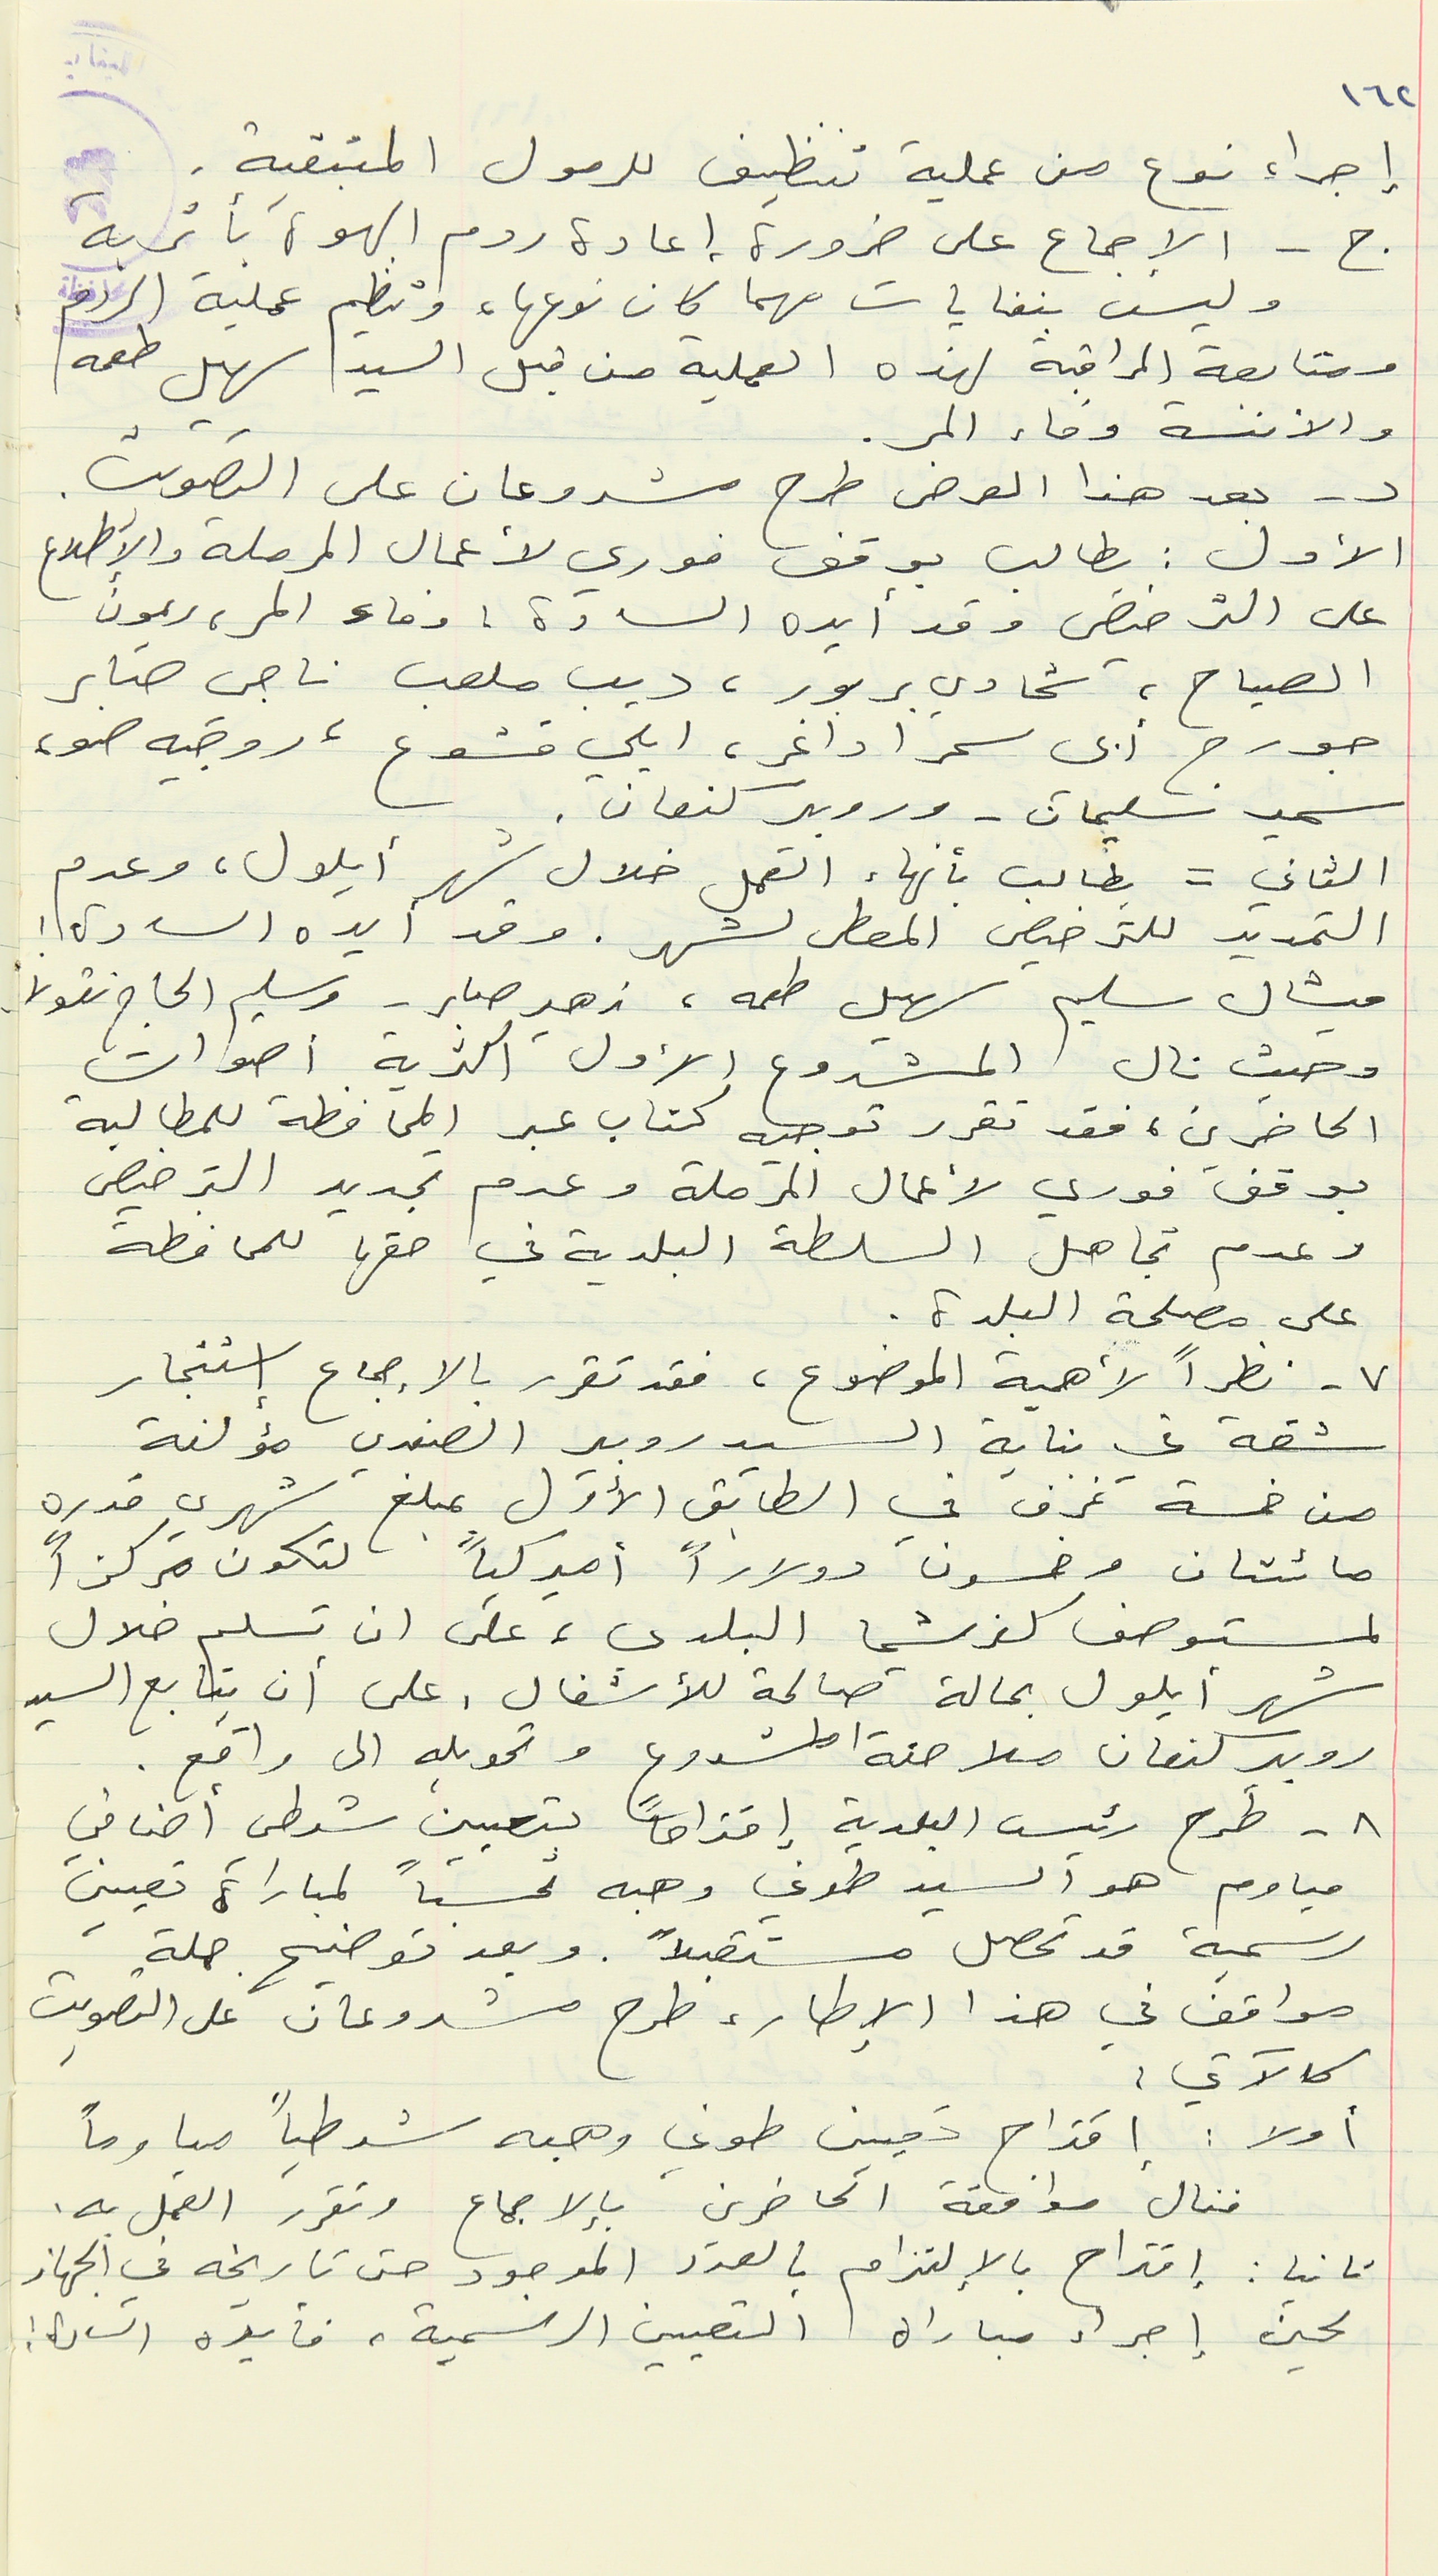
إجراء نوع من عملية تنظيف للرمول المتبقية.
ج - الإجماع على ضرورة إعادة ردم الهوة بأتربة
وليس بنفايات مهما كان نوعها، وتنظيم عملية الردم
ومتابعة المراقبة لهذه العملية من قبل السيد سهيل طعمه
والأنسة وفاء المر.
د - بعد هذا العرض طرح مشروعان على التصويت.
الأول : يطالب بوقف فوري لأعمال المرملة والأطلاع
على الترخيص وقد أيده السادة : وفاء المر, ريمون
الصياح، شحادي بربور، ديب ملعب ناجي صابر
جورج ابي سمرا داغر، ايلي قشوع، روجيه ضو،
سمير سليمان - وروبير كنعان.
الثاني = يطالب بأنهاء العمل خلال شهر أيلول، وعدم
التمديد للترخيص المعطى لشهر. وقد أيده السادة :
ميشال سليم سهيل طعمه، زهير صابر - وسليم الحاج نقولا.
وحيث نال المشروع الأول اكثرية أصوات
الحاضرين، فقد تقرر توجيه كتاب عبر المحافظة للمطالبة
بوقف فوري لأعمال المرحلة وعدم تجديد الترخيص
وعدم تجاهل السلطة البلدية في حقها للمحافظة
على مصلحة البلدة.
٧ - نظراً لأهمية الموضوع، فقد تقرر بالاجماع استئجار
شقة في بناية السيد روبير الصفدي مؤلفة
من خمسة غرف في الطابق الأول بمبلغ شهري قدره
مائتان وخسون دولاراً أميركياً لتكون مركزاً
لمستوصف كفرشيما البلدي، على ان تسلم خلال
روبير كنعان ملاحقة المشروع وتحويله الى واقع.
٨ - طرح رئيس البلدية إقتراحاً بتعيين شرطي أضافي
مياوم هو السيد طوني وهبه تحسباً لمباراة تعيين
رسمية قد تحصل مستقبلاً. وبعد توضيح جملة
مواقف في هذا الإطار، طرح مشروعان على التصويت
كالآتي :
أولا : اقتراح تعيين طوني وهبه شرطياً مياوماً
فنال موافقة الحاضرين بالإجماع وتقرر العمل به.
ثانيا : إقتراح بالإلتزام بالعدد الموجود حتى تاريخه في الجهاز
لحين إجراء مباراة التعيين الرسمية، فأيده السادة :
١٦٢
شهر أيلول بحالة صالحة للأشغال، على أن يتابع السيد